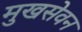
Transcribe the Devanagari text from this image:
मुखसेवन